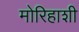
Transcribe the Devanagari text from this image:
मोरिहाशी